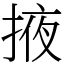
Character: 掖